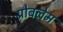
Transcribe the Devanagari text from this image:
प्रोबलेम